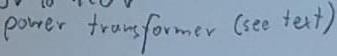
Text: 9V to 1ov power transformer (see text